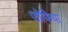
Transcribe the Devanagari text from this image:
ज़ोफिया